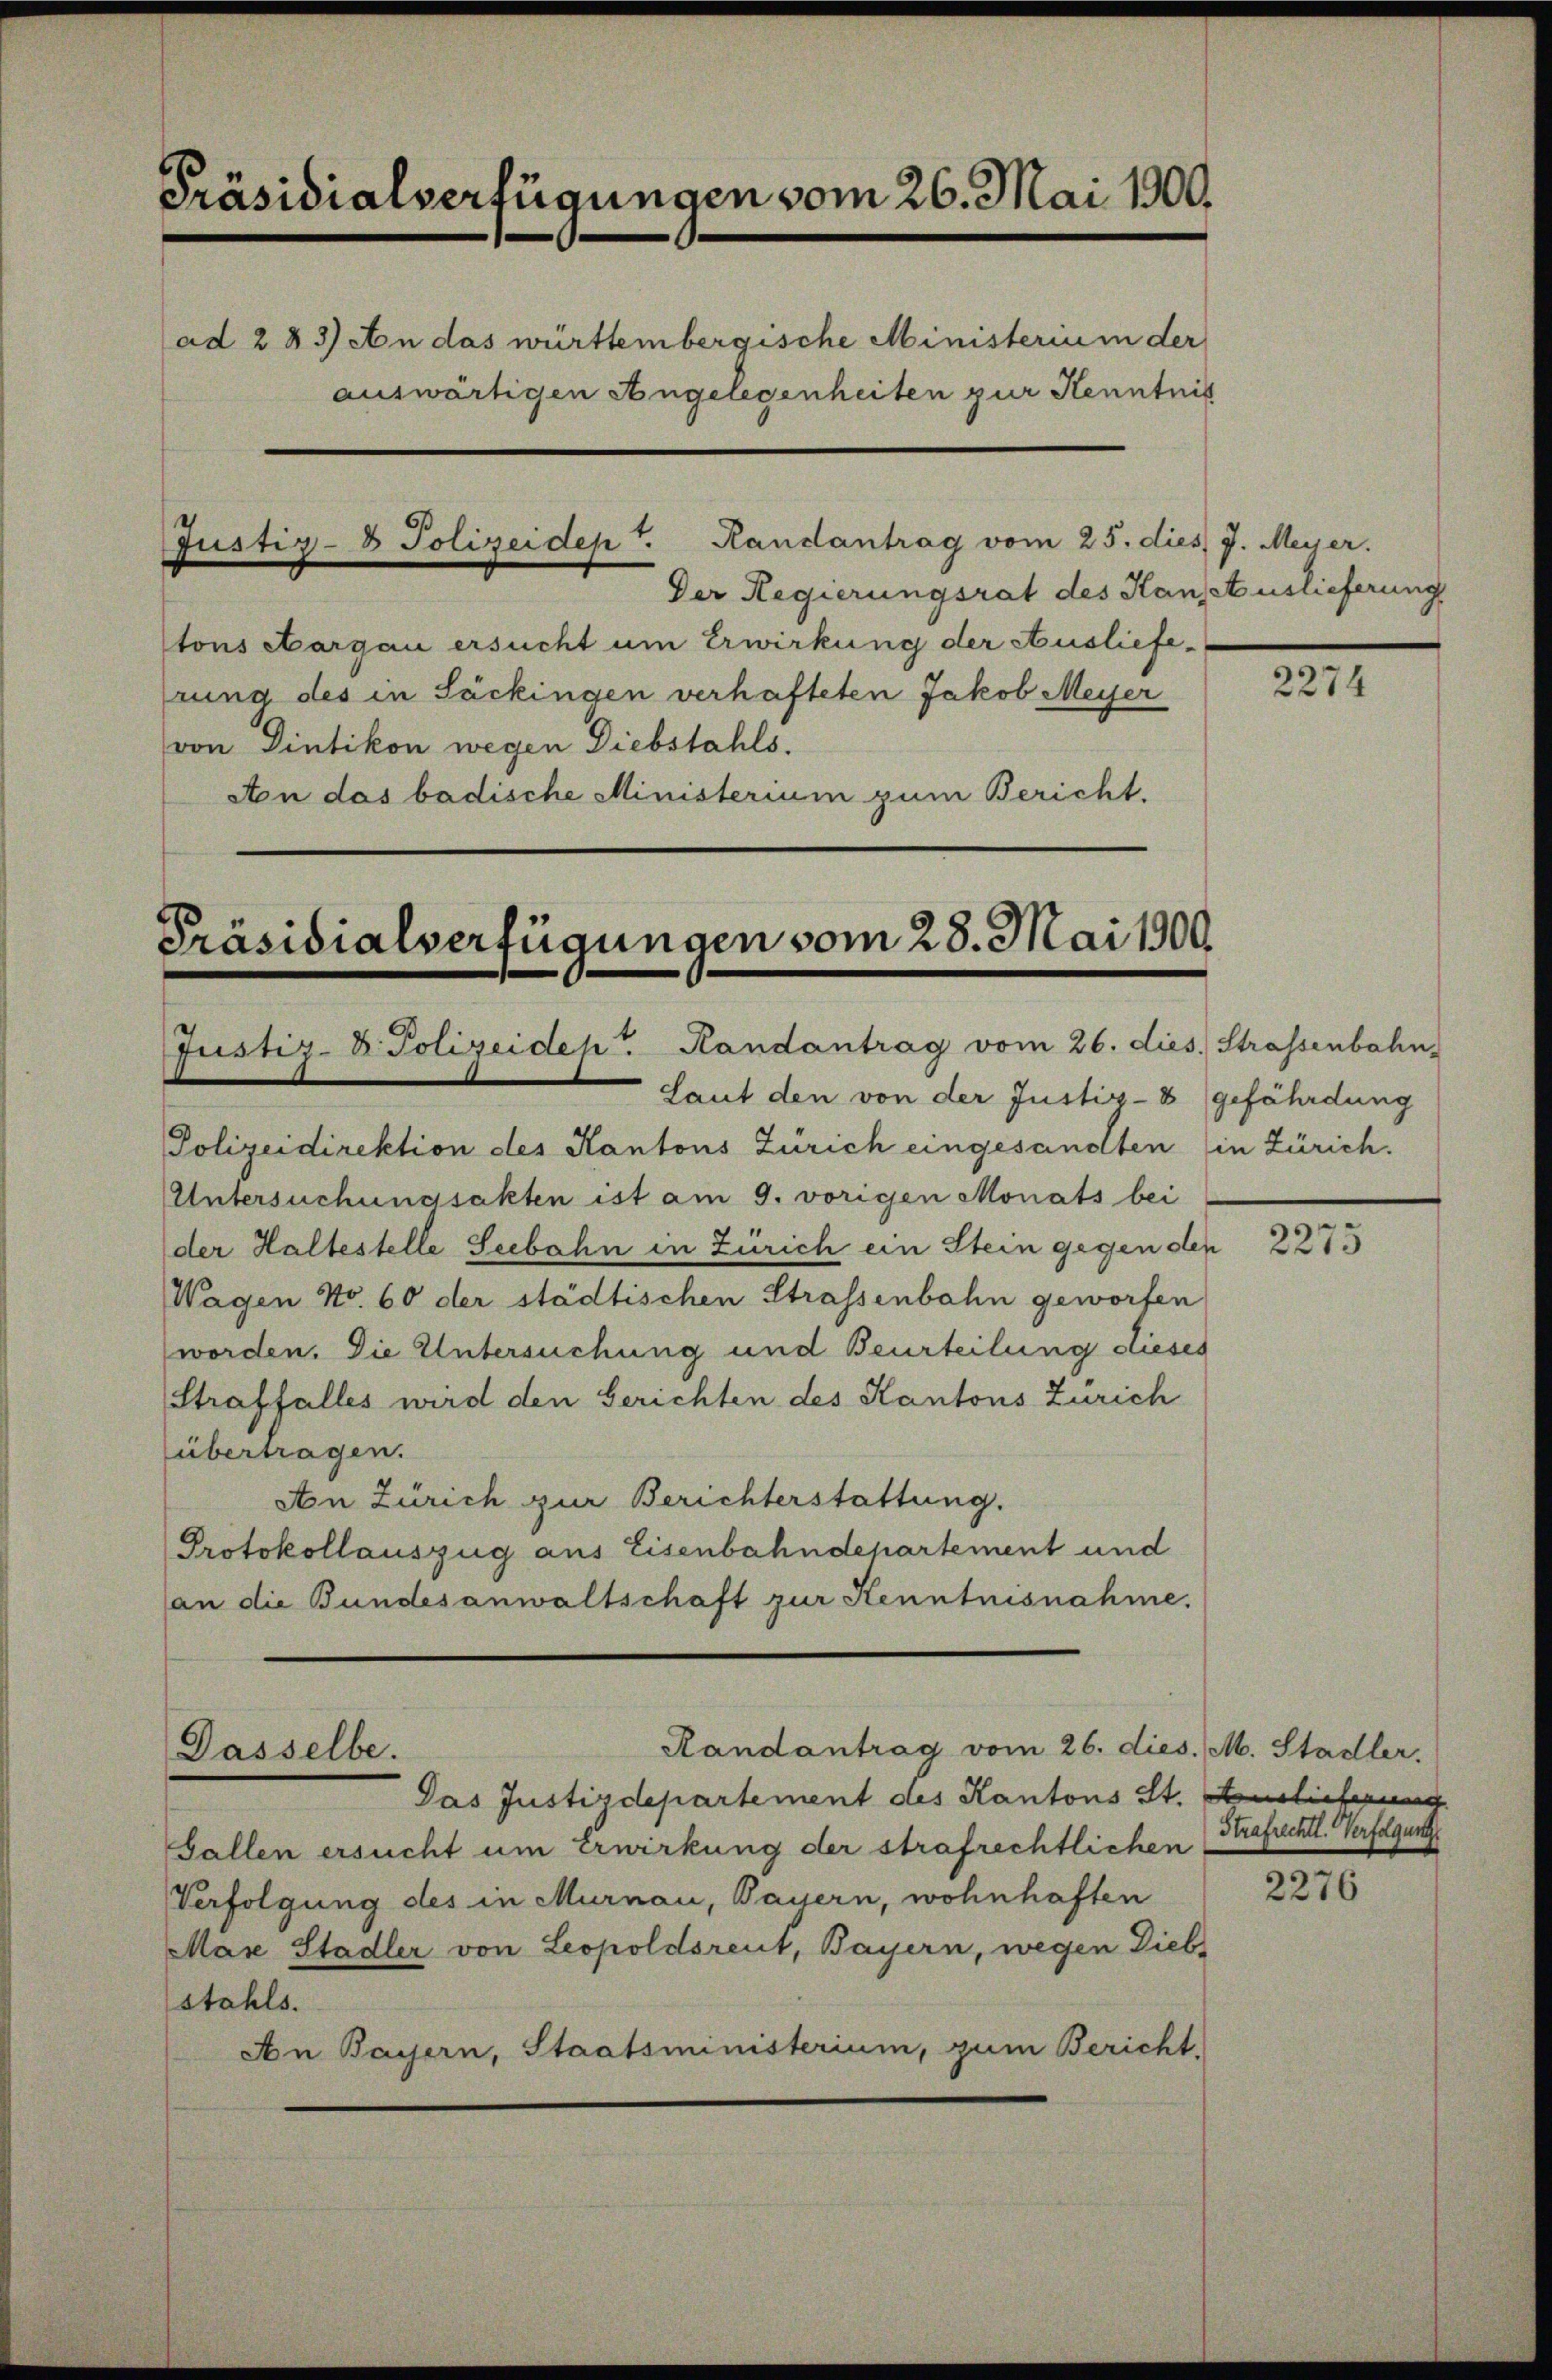
Präsidialverfügungen vom 26. Mai 1900.
ad 283) An das württembergische Ministerium der
auswärtigen Angelegenheiten zur Kenntnis

Justiz- & Polizeidept. Randantrag vom 25. dies J. Meyer.

Der Regierungsrat des Hansetuslieferung
tons Aargau ersucht um Erwirkung der Auslieferung des in Säckingen verhafteten Jakob Meyer
von Dietikon wegen Diebstahls.
An das badische Ministerium zum Bericht.

Präsidialverfügungen vom 28. Mai 1900
Justiz- & Polizeidep. Randantrag vom 26. dies Strassenbahn,

Dasselbe.

Randantrag vom 26. dies. M. Stadler.

Laut den von der Justiz- & Gefährdung
Polizeidirektion des Kantons Zürich eingesandten (in Zürich.
Untersuchungsakten ist am 9. vorigen Monats bei
der Haltestelle Seebahn in Zürich ein Stein gegen den
Wagen No. 60 der städtischen Strassenbahn geworfen
worden. Die Untersuchung und Beurteilung dieses
Straffalles wird den Gerichten des Kantons Zürich
übertragen.
An Zürich zur Berichterstattung.
Protokollauszug aus Eisenbahndepartement und
an die Bundesanwaltschaft zur Kenntnisnahme.

Das Justizdepartement des Kantons St. Auslicherung
Gallen ersucht um Erwirkung der strafrechtlichen
Verfolgung des in Murnau, Bayern, wohnhaften
Mare Stadler von Leopoldsreut, Bayern, wegen Diebs
stahls.
An Bayern, Staatsministerium, zum Bericht,

2274

2275

Strafrechtl. Verfolgung

2276